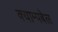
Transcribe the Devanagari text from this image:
क्याम्पबेल